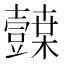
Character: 𭐛